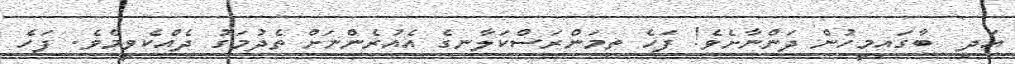
އަދި  ބާގައިމީހުން ދަންނާށެވެ! ފަހެ ތިމަންރަސްކަލާނގެ އެއުރެންނަށް ތެދުމަގު ދެއްކެވީމެވެ. ފަހެ